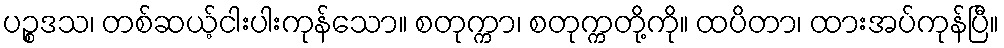
ပဉ္စဒသ၊ တစ်ဆယ့်ငါးပါးကုန်သော။ စတုက္ကာ၊ စတုက္ကတို့ကို။ ထပိတာ၊ ထားအပ်ကုန်ပြီ။